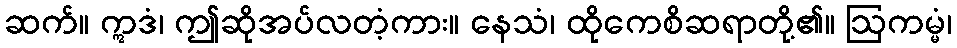
ဆက်။ ဣဒံ၊ ဤဆိုအပ်လတံ့ကား။ နေသံ၊ ထိုကေစိဆရာတို့၏။ ဩကမ္မံ၊